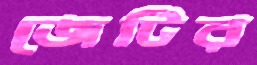
জেটির